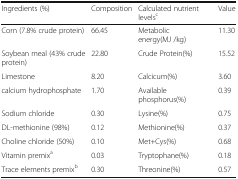
<table><thead><tr><td><b>Ingredients (%)</b></td><td><b>Composition</b></td><td><b>Calculated nutrient levels<sup>c</sup></b></td><td><b>Value</b></td></tr></thead><tbody><tr><td>Corn (7.8% crude protein)</td><td>66.45</td><td>Metabolic energy(MJ /kg)</td><td>11.30</td></tr><tr><td>Soybean meal (43% crude protein)</td><td>22.80</td><td>Crude Protein(%)</td><td>15.52</td></tr><tr><td>Limestone</td><td>8.20</td><td>Calcicum(%)</td><td>3.60</td></tr><tr><td>calcium hydrophosphate</td><td>1.70</td><td>Available phosphorus(%)</td><td>0.39</td></tr><tr><td>Sodium chloride</td><td>0.30</td><td>Lysine(%)</td><td>0.75</td></tr><tr><td>DL-methionine (98%)</td><td>0.12</td><td>Methionine(%)</td><td>0.37</td></tr><tr><td>Choline chloride (50%)</td><td>0.10</td><td>Met+Cys(%)</td><td>0.68</td></tr><tr><td>Vitamin premix<sup>a</sup></td><td>0.03</td><td>Tryptophane(%)</td><td>0.18</td></tr><tr><td>Trace elements premix<sup>b</sup></td><td>0.30</td><td>Threonine(%)</td><td>0.57</td></tr></tbody></table>